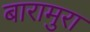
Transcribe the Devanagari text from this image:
बारामुरा